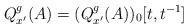
LaTeX: \begin{align*}Q^g_{x'}(A) = (Q^g_{x'}(A))_0[t,t^{-1}] \end{align*}